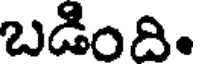
బడింది.